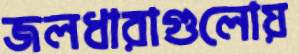
জলধারাগুলোয়